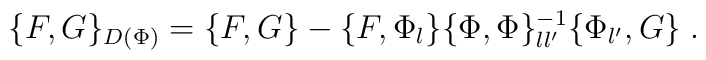
\{F,G\}_{D(\Phi)}=\{F,G\}-\{F,\Phi_l\}\{\Phi,\Phi\}^{-1}_{ll'}\{\Phi_{l'},G\}\;.